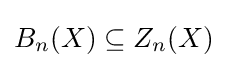
B_{n}(X)\subseteq Z_{n}(X)